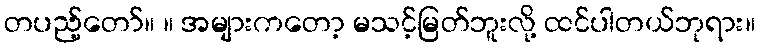
တပည့်တော်။ ။ အများကတော့ မသင့်မြတ်ဘူးလို့ ထင်ပါတယ်ဘုရား။